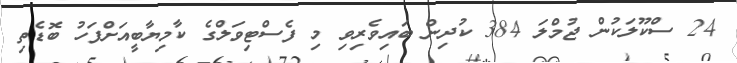
24 ސްކޫލަކުން ޖުމްލަ 384 ކުދިން ބައިވެރިވި މި ފެސްޓިވަލްގެ ކާމިޔާބީއަށްފަހު ބޮޑެތި